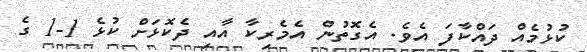
ކުޅުމެއް ދައްކާފަ އެވެ. އެގޮތުން އެމެރިކާ އާއި ދެކޮޅަށް ކުޅެ 1-1 ގެ